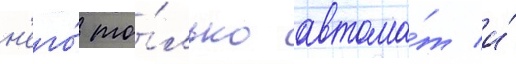
н'его́ то́лько автома́т и́